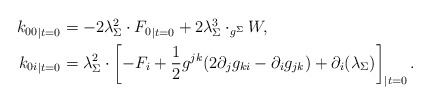
\begin{align*}\begin{aligned} {k_{00}}_{|t=0} & = -2 \lambda_{\Sigma}^2 \cdot {F_0}_{|t=0} + 2 \lambda_{\Sigma}^3 \cdot _{g^{\Sigma}} W, \\ {k_{0 i}}_{|t=0} & = \lambda_{\Sigma}^2 \cdot \left[-F_{i} + \frac{1}{2} g^{jk} (2 \partial_{j} g_{ki} - \partial_{i} g_{jk}) +\partial_i(\lambda_{\Sigma})\right]_{|t=0}.\end{aligned}\end{align*}